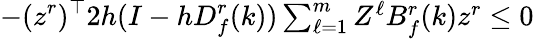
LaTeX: -(z^{r})^{\top}2h(I-hD_{f}^{r}(k))\textstyle\sum_{\ell=1}^{m}Z^{\ell}B_{f}^{r}(k)z^{r}\leq 0